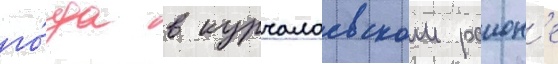
го́да в курчалоевском раион'е